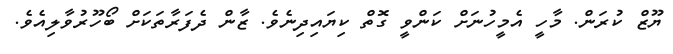
ޔޫޒް ކުރަން. މާހީ އެމީހުނަށް ކަންވީ ގޮތް ކިޔައިދިނެވެ. ޒާން ދެފަރާތަކަށް ބޯހޫރުވާލިއެވެ.